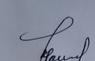
Signature authenticity: genuine